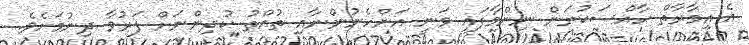
އެ އިމާރާތް ހާއްސަކުރަން ނިންމާފައި ވަނީ އަންހެނުންނާއި ތުއްތު ކުދިންނަށް ފަރުވާ ދިނުމަށެވެ.